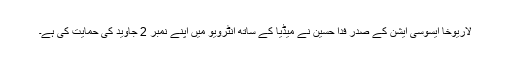
لاریوخا ایسوسی ایشن کے صدر فدا حسین نے میڈیا کے ساتھ انٹرویو میں اپنے نمبر 2 جاوید کی حمایت کی ہے۔